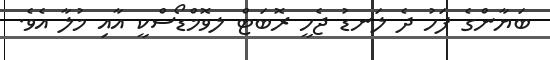
ބަޔާންގެ ފަހު ދެ ލަނޑު ޖެހީ ރޮބަޓް ލވޮމްޑޯސްކީ އާއި މުލާ އެވެ.